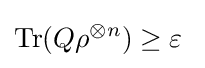
\operatorname {Tr} (Q\rho ^{\otimes n})\geq \varepsilon ~